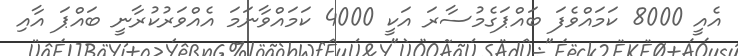
އެއީ 8000 ކަމައްވެފަ ބައްޕަގެމުސާރަ އަކީ 4000 ކަމައްވާނަމަ އެއްވަރުކުރާނީ ބައްޕަ އާއި